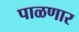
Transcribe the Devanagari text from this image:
पाळणार